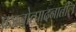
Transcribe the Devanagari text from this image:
प्रजनोत्पादनातील